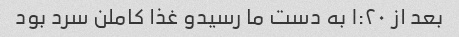
بعد از ۱:۲۰ به دست ما رسیدو غذا کاملن سرد بود